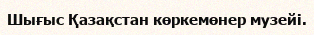
Шығыс Қазақстан көркемөнер музейі.